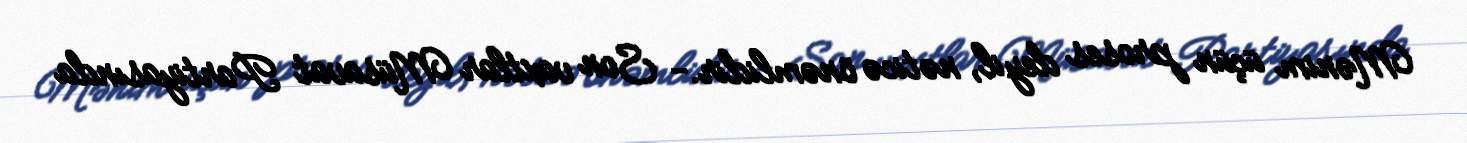
Mənim üçün proses deyil, nəticə önəmlidir.- Son vaxtlar Müsavat Partiyasında